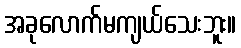
အခုလောက်မကျယ်သေးဘူး။